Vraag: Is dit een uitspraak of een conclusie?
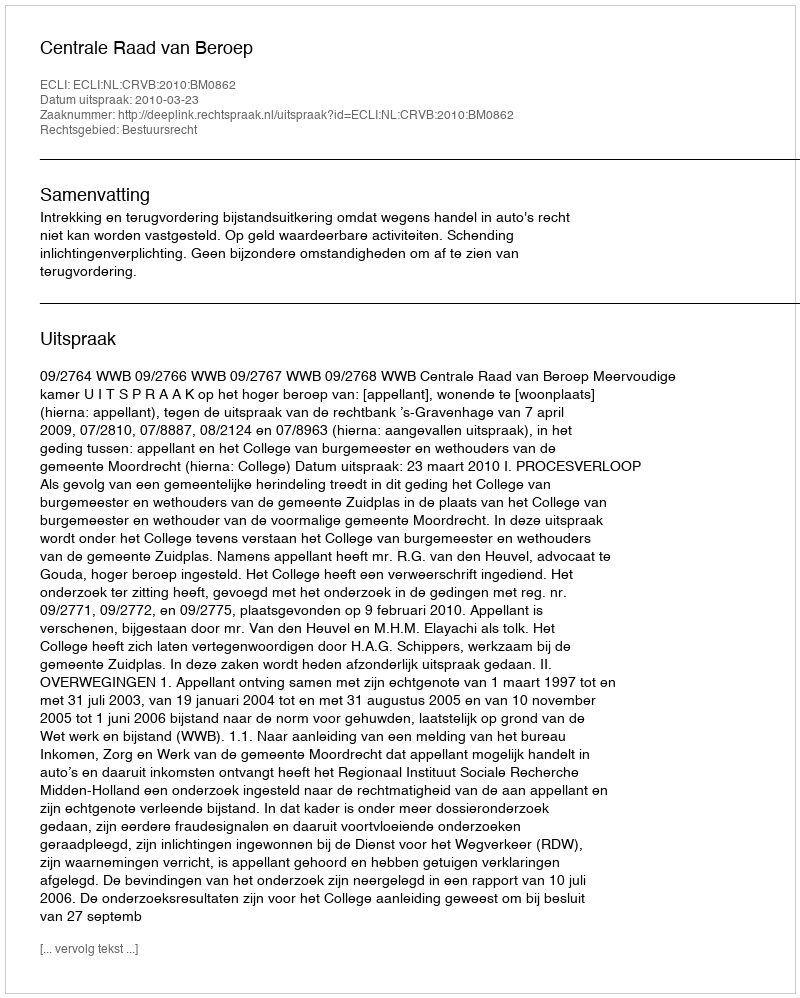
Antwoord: Uitspraak